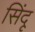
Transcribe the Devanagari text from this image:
सिंदू